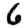
Digit: 6